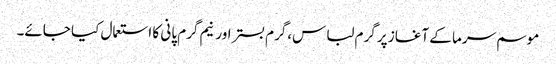
موسم سرما کے آغاز پر گرم لباس،گرم بستر اور نیم گرم پانی کا استعمال کیا جائے۔